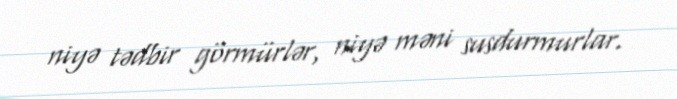
niyə tədbir görmürlər, niyə məni susdurmurlar.